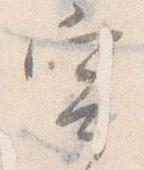
寄